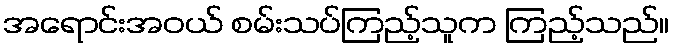
အရောင်းအဝယ် စမ်းသပ်ကြည့်သူက ကြည့်သည်။